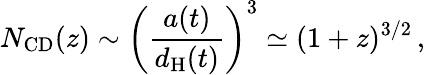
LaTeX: N_{\mathrm{CD}}(z)\sim\left({\frac{a(t)}{d_{\mathrm{H}}(t)}}\right)^{3}\simeq(1+z)^{3/2}\, ,